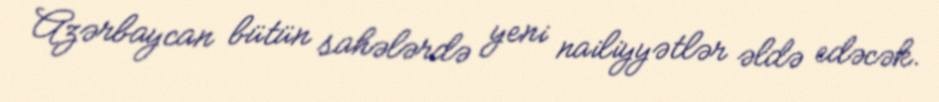
Azərbaycan bütün sahələrdə yeni nailiyyətlər əldə edəcək.